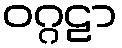
ဝဂ္ဂဠာ